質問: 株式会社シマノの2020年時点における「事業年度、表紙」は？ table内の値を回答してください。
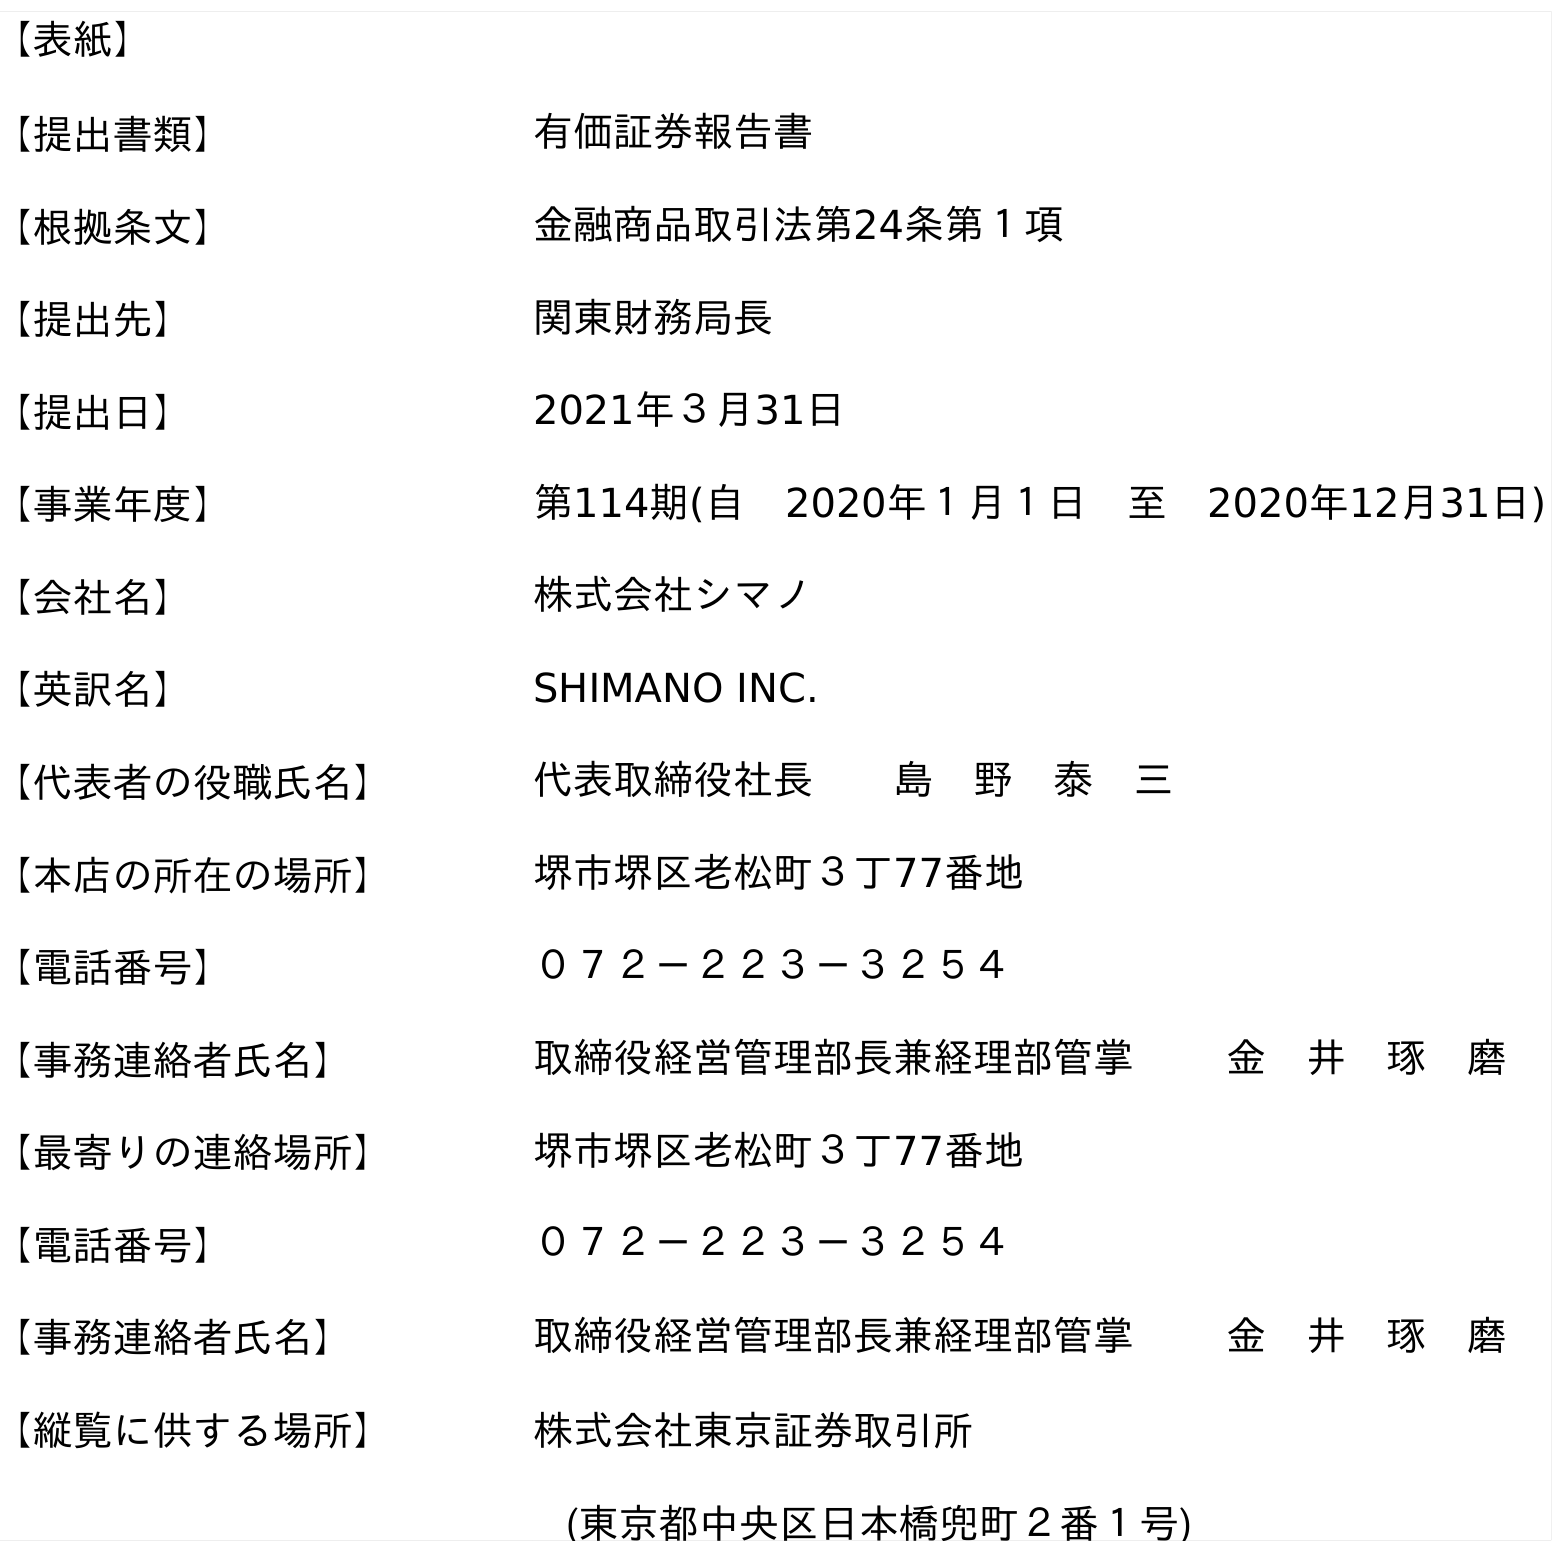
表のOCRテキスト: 【表紙】 【提出書類】 有価証券報告書 【根拠条文】 金融商品取引法第24条第１項 【提出先】 関東財務局長 【提出日】 2021年３月31日 【事業年度】 第114期(自 2020年１月１日 至 2020年12月31日) 【会社名】 株式会社シマノ 【英訳名】 SHIMANO INC. 【代表者の役職氏名】 代表取締役社長  島 野 泰 三 【本店の所在の場所】 堺市堺区老松町３丁77番地 【電話番号】 ０７２－２２３－３２５４ 【事務連絡者氏名】 取締役経営管理部長兼経理部管掌   金 井 琢 磨 【最寄りの連絡場所】 堺市堺区老松町３丁77番地 【電話番号】 ０７２－２２３－３２５４ 【事務連絡者氏名】 取締役経営管理部長兼経理部管掌   金 井 琢 磨 【縦覧に供する場所】 株式会社東京証券取引所 (東京都中央区日本橋兜町２番１号)
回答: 第114期(自　2020年１月１日　至　2020年12月31日)